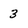
Character: 3